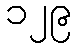
၁၂၉